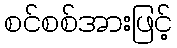
စင်စစ်အားဖြင့်